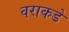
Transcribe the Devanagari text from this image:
वराकडे